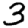
Digit: 3